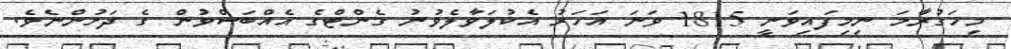
މިހަގުރާމަ ނިމިފައިވަނީ 1815 ވަނަ އަހަރު އެކުލަވާލެވުނު ގެންޓްގެ އެއްބަސްވުން ގެ ދަށުންނެވެ.